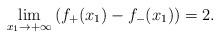
LaTeX: \begin{align*}\lim_{x_1\to+\infty}\left(f_+(x_1)-f_-(x_1)\right)=2.\end{align*}